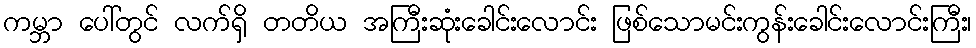
ကမ္ဘာ ပေါ်တွင် လက်ရှိ တတိယ အကြီးဆုံးခေါင်းလောင်း ဖြစ်သောမင်းကွန်းခေါင်းလောင်းကြီး၊